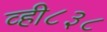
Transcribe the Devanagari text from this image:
व्ही८३८